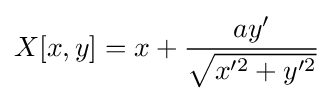
X[x,y]=x+{\frac {ay'}{\sqrt {x'^{2}+y'^{2}}}}